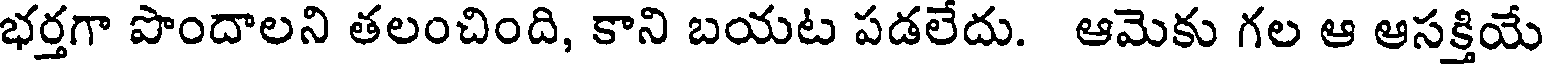
భర్తగా పొందాలని తలంచింది, కాని బయట పడలేదు. ఆమెకు గల ఆ ఆసక్తియే